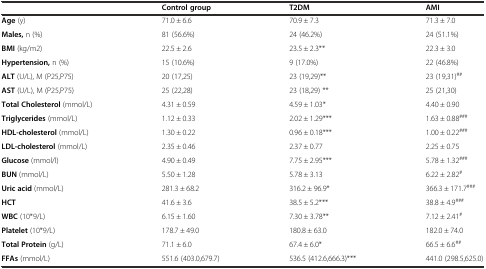
|  | Control group | T2DM | AMI |
 | --- | --- | --- | --- |
 | Age (y) | 71.0 ± 6.6 | 70.9 ± 7.3 | 71.3 ± 7.0 |
 | Males, n (%) | 81 (56.6%) | 24 (46.2%) | 24 (51.1%) |
 | BMI (kg/m2) | 22.5 ± 2.6 | 23.5 ± 2.3** | 22.3 ± 3.0 |
 | Hypertension, n (%) | 15 (10.6%) | 9 (17.0%) | 22 (46.8%) |
 | ALT (U/L), M (P25,P75) | 20 (17,25) | 23 (19,29)** | 23 (19,31)## |
 | AST (U/L), M (P25,P75) | 25 (22,28) | 23 (18,29) ** | 25 (21,30) |
 | Total Cholesterol (mmol/L) | 4.31 ± 0.59 | 4.59 ± 1.03* | 4.40 ± 0.90 |
 | Triglycerides (mmol/L) | 1.12 ± 0.33 | 2.02 ± 1.29*** | 1.63 ± 0.88### |
 | HDL-cholesterol (mmol/L) | 1.30 ± 0.22 | 0.96 ± 0.18*** | 1.00 ± 0.22### |
 | LDL-cholesterol (mmol/L) | 2.35 ± 0.46 | 2.37 ± 0.77 | 2.25 ± 0.75 |
 | Glucose (mmol/l) | 4.90 ± 0.49 | 7.75 ± 2.95*** | 5.78 ± 1.32### |
 | BUN (mmol/L) | 5.50 ± 1.28 | 5.78 ± 3.13 | 6.22 ± 2.82# |
 | Uric acid (mmol/L) | 281.3 ± 68.2 | 316.2 ± 96.9* | 366.3 ± 171.7### |
 | HCT | 41.6 ± 3.6 | 38.5 ± 5.2*** | 38.8 ± 4.9### |
 | WBC (10*9/L) | 6.15 ± 1.60 | 7.30 ± 3.78** | 7.12 ± 2.41# |
 | Platelet (10*9/L) | 178.7 ± 49.0 | 180.8 ± 63.0 | 182.0 ± 74.0 |
 | Total Protein (g/L) | 71.1 ± 6.0 | 67.4 ± 6.0* | 66.5 ± 6.6## |
 | FFAs (mmol/L) | 551.6 (403.0,679.7) | 536.5 (412.6,666.3)*** | 441.0 (298.5,625.0) |